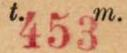
t.453m.